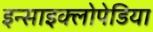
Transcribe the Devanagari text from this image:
इन्साइक्लोपेडिया